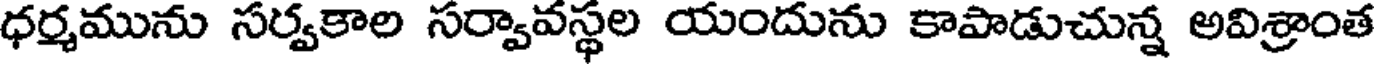
ధర్మమును సర్వకాల సర్వావస్థల యందును కాపాడుచున్న అవిశ్రాంత